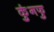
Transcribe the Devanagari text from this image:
कुंगफु